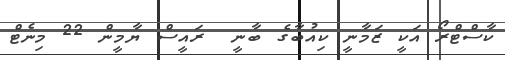
ކާސްޓްރޯ އަކީ ޒަމާނީ ކިއުބާގެ ބާނީ  ރައީސް ޔާމީން 22 މިނެޓް